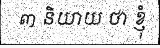
៣ និយាយ ថា ខ្ញុំ